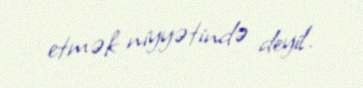
etmək niyyətində deyil.